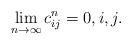
LaTeX: \begin{align*}\lim_{n\rightarrow\infty}c_{ij}^n=0, i,j.\end{align*}